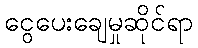
ငွေပေးချေမှုဆိုင်ရာ